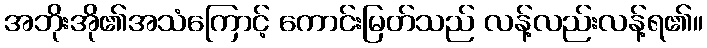
အဘိုးအို၏အသံကြောင့် ကောင်းမြတ်သည် လန့်လည်းလန့်ရ၏။